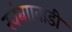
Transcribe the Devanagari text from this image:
खंबाावाडी